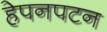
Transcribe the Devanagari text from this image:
हेपनपटन